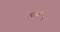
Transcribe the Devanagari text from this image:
गिब्रों